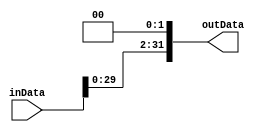
`timescale 1ns / 1ps
//////////////////////////////////////////////////////////////////////////////////
// Company: 
// Engineer: 
// 
// Design Name: 
// Module Name: shiftLeft
// Project Name: 
// Target Devices: 
// Tool Versions: 
// Description: 
// 
// Dependencies: 
// 
// Revision:
// Revision 0.01 - File Created
// Additional Comments:
// 
//////////////////////////////////////////////////////////////////////////////////


module shiftLeft #(parameter width=32,shiftAmount=2)(
input   [width-1:0] inData,
output  [width-1:0] outData
);

assign outData = {inData[width-1-shiftAmount:0],{shiftAmount{1'b0}}};

endmodule